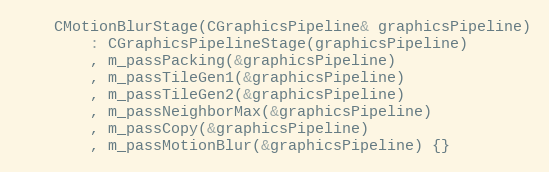
Language: C
	CMotionBlurStage(CGraphicsPipeline& graphicsPipeline)
		: CGraphicsPipelineStage(graphicsPipeline)
		, m_passPacking(&graphicsPipeline)
		, m_passTileGen1(&graphicsPipeline)
		, m_passTileGen2(&graphicsPipeline)
		, m_passNeighborMax(&graphicsPipeline)
		, m_passCopy(&graphicsPipeline)
		, m_passMotionBlur(&graphicsPipeline) {}